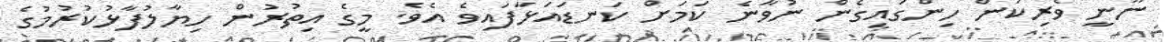
ނޫނީ ވެރިކަން ހިންގައިގެން ނުވާނެ ކަމަށް ކަނޑައަޅާފައިވެ އެވެ. މީގެ އިތުރުން ހިޔާލުފާޅުކުރުމުގެ